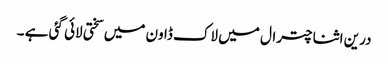
درین اثنا چترال میں لاک ڈاون میں سختی لائی گئی ہے ۔